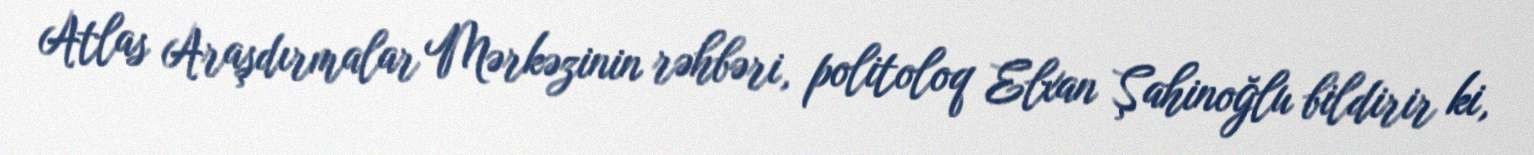
Atlas Araşdırmalar Mərkəzinin rəhbəri, politoloq Elxan Şahinoğlu bildirir ki,